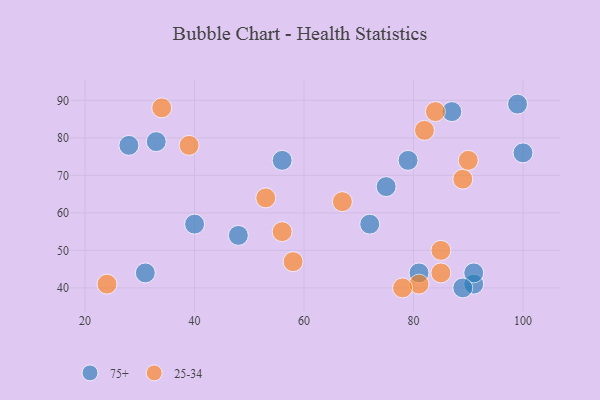
{"axis": {"x": "GDP", "y": "Life Expectancy"}, "legend": ["25-34", "75+"], "data": [{"x": "99", "y": 89, "type": "75+"}, {"x": "79", "y": 74, "type": "75+"}, {"x": "100", "y": 76, "type": "75+"}, {"x": "48", "y": 54, "type": "75+"}, {"x": "40", "y": 57, "type": "75+"}, {"x": "56", "y": 74, "type": "75+"}, {"x": "91", "y": 41, "type": "75+"}, {"x": "81", "y": 44, "type": "75+"}, {"x": "91", "y": 44, "type": "75+"}, {"x": "87", "y": 87, "type": "75+"}, {"x": "28", "y": 78, "type": "75+"}, {"x": "75", "y": 67, "type": "75+"}, {"x": "89", "y": 40, "type": "75+"}, {"x": "33", "y": 79, "type": "75+"}, {"x": "31", "y": 44, "type": "75+"}, {"x": "72", "y": 57, "type": "75+"}, {"x": "67", "y": 63, "type": "25-34"}, {"x": "85", "y": 50, "type": "25-34"}, {"x": "53", "y": 64, "type": "25-34"}, {"x": "58", "y": 47, "type": "25-34"}, {"x": "39", "y": 78, "type": "25-34"}, {"x": "84", "y": 87, "type": "25-34"}, {"x": "24", "y": 41, "type": "25-34"}, {"x": "89", "y": 69, "type": "25-34"}, {"x": "34", "y": 88, "type": "25-34"}, {"x": "56", "y": 55, "type": "25-34"}, {"x": "81", "y": 41, "type": "25-34"}, {"x": "78", "y": 40, "type": "25-34"}, {"x": "82", "y": 82, "type": "25-34"}, {"x": "90", "y": 74, "type": "25-34"}, {"x": "85", "y": 44, "type": "25-34"}]}